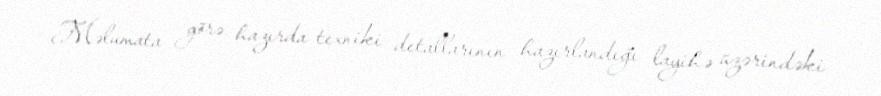
Məlumata görə, hazırda texniki detallarının hazırlandığı layihə üzərindəki